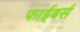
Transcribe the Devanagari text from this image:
फाईबर्स